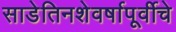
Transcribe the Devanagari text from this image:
साडेतिनशेवर्षापूर्वीचे